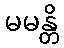
မမန္တိ